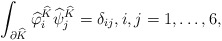
\begin{align*}\int_{\partial\widehat{K}}\widehat{\varphi}_i^{\widehat{K}}\widehat{\psi}_j^{\widehat{K}}=\delta_{ij},i,j=1,\ldots,6,\end{align*}